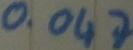
Text: 0.047